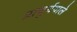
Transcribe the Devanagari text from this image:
प्राचुर्यवाले